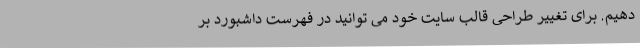
دهیم. برای تغییر طراحی قالب سایت خود می توانید در فهرست داشبورد بر